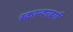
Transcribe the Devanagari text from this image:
स्कान्दरबर्ग